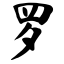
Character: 罗